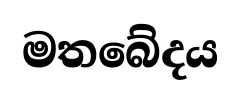
මතබේදය